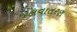
જલવાતરણ